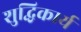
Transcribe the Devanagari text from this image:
शुद्धिकार्य